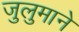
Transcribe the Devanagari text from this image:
जुलुमाने